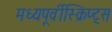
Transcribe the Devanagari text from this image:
मध्यपूर्वीस्क्रिप्ट्स